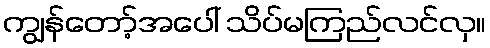
ကျွန်တော့်အပေါ် သိပ်မကြည်လင်လှ။